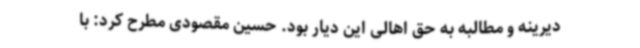
دیرینه و مطالبه به حق اهالی این دیار بود. حسین مقصودی مطرح کرد: با